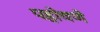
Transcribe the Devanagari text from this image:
पहोचणे